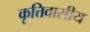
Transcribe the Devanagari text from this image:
कृत्तिवासीय